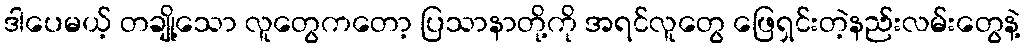
ဒါပေမယ့် တချို့သော လူတွေကတော့ ပြသာနာတို့ကို အရင်လူတွေ ဖြေရှင်းတဲ့နည်းလမ်းတွေနဲ့